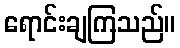
ရောင်းချကြသည်။